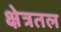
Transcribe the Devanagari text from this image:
क्षेत्रतल